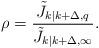
LaTeX: \begin{align*}\rho_{}=\frac{\tilde{J}_{k|k+\Delta,q}}{\tilde{J}_{k|k+\Delta,\infty}}.\end{align*}